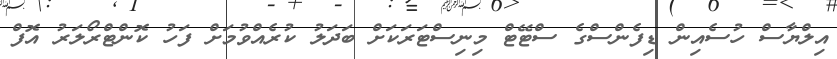
އިލްޔާސް ހުސެއިން ޑިފެންސްގެ ސްޓޭޓް މިނިސްޓަރަކަށް ބަދަލު ކުރެއްވުމަށް ފަހު ކޮންޓްރޯލަރު އޮފް